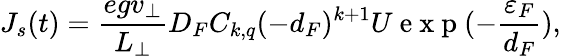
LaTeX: J_{s}(t)=\frac{egv_{\perp}}{L_{\perp}}D_{F}C_{k,q}(-d_{F})^{k+1}U\mathrm{~e~x~p~}(-\frac{\varepsilon_{F}}{d_{F}}),